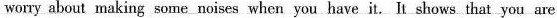
worry about making some noises when you have it. It shows that you are